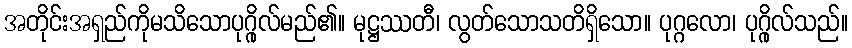
အတိုင်းအရှည်ကိုမသိသောပုဂ္ဂိုလ်မည်၏။ မုဋ္ဌဿတီ၊ လွတ်သောသတိရှိသော။ ပုဂ္ဂလော၊ ပုဂ္ဂိုလ်သည်။